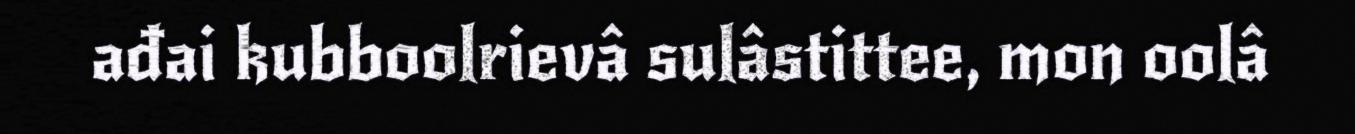
ađai kubboolrievâ sulâstittee, mon oolâ